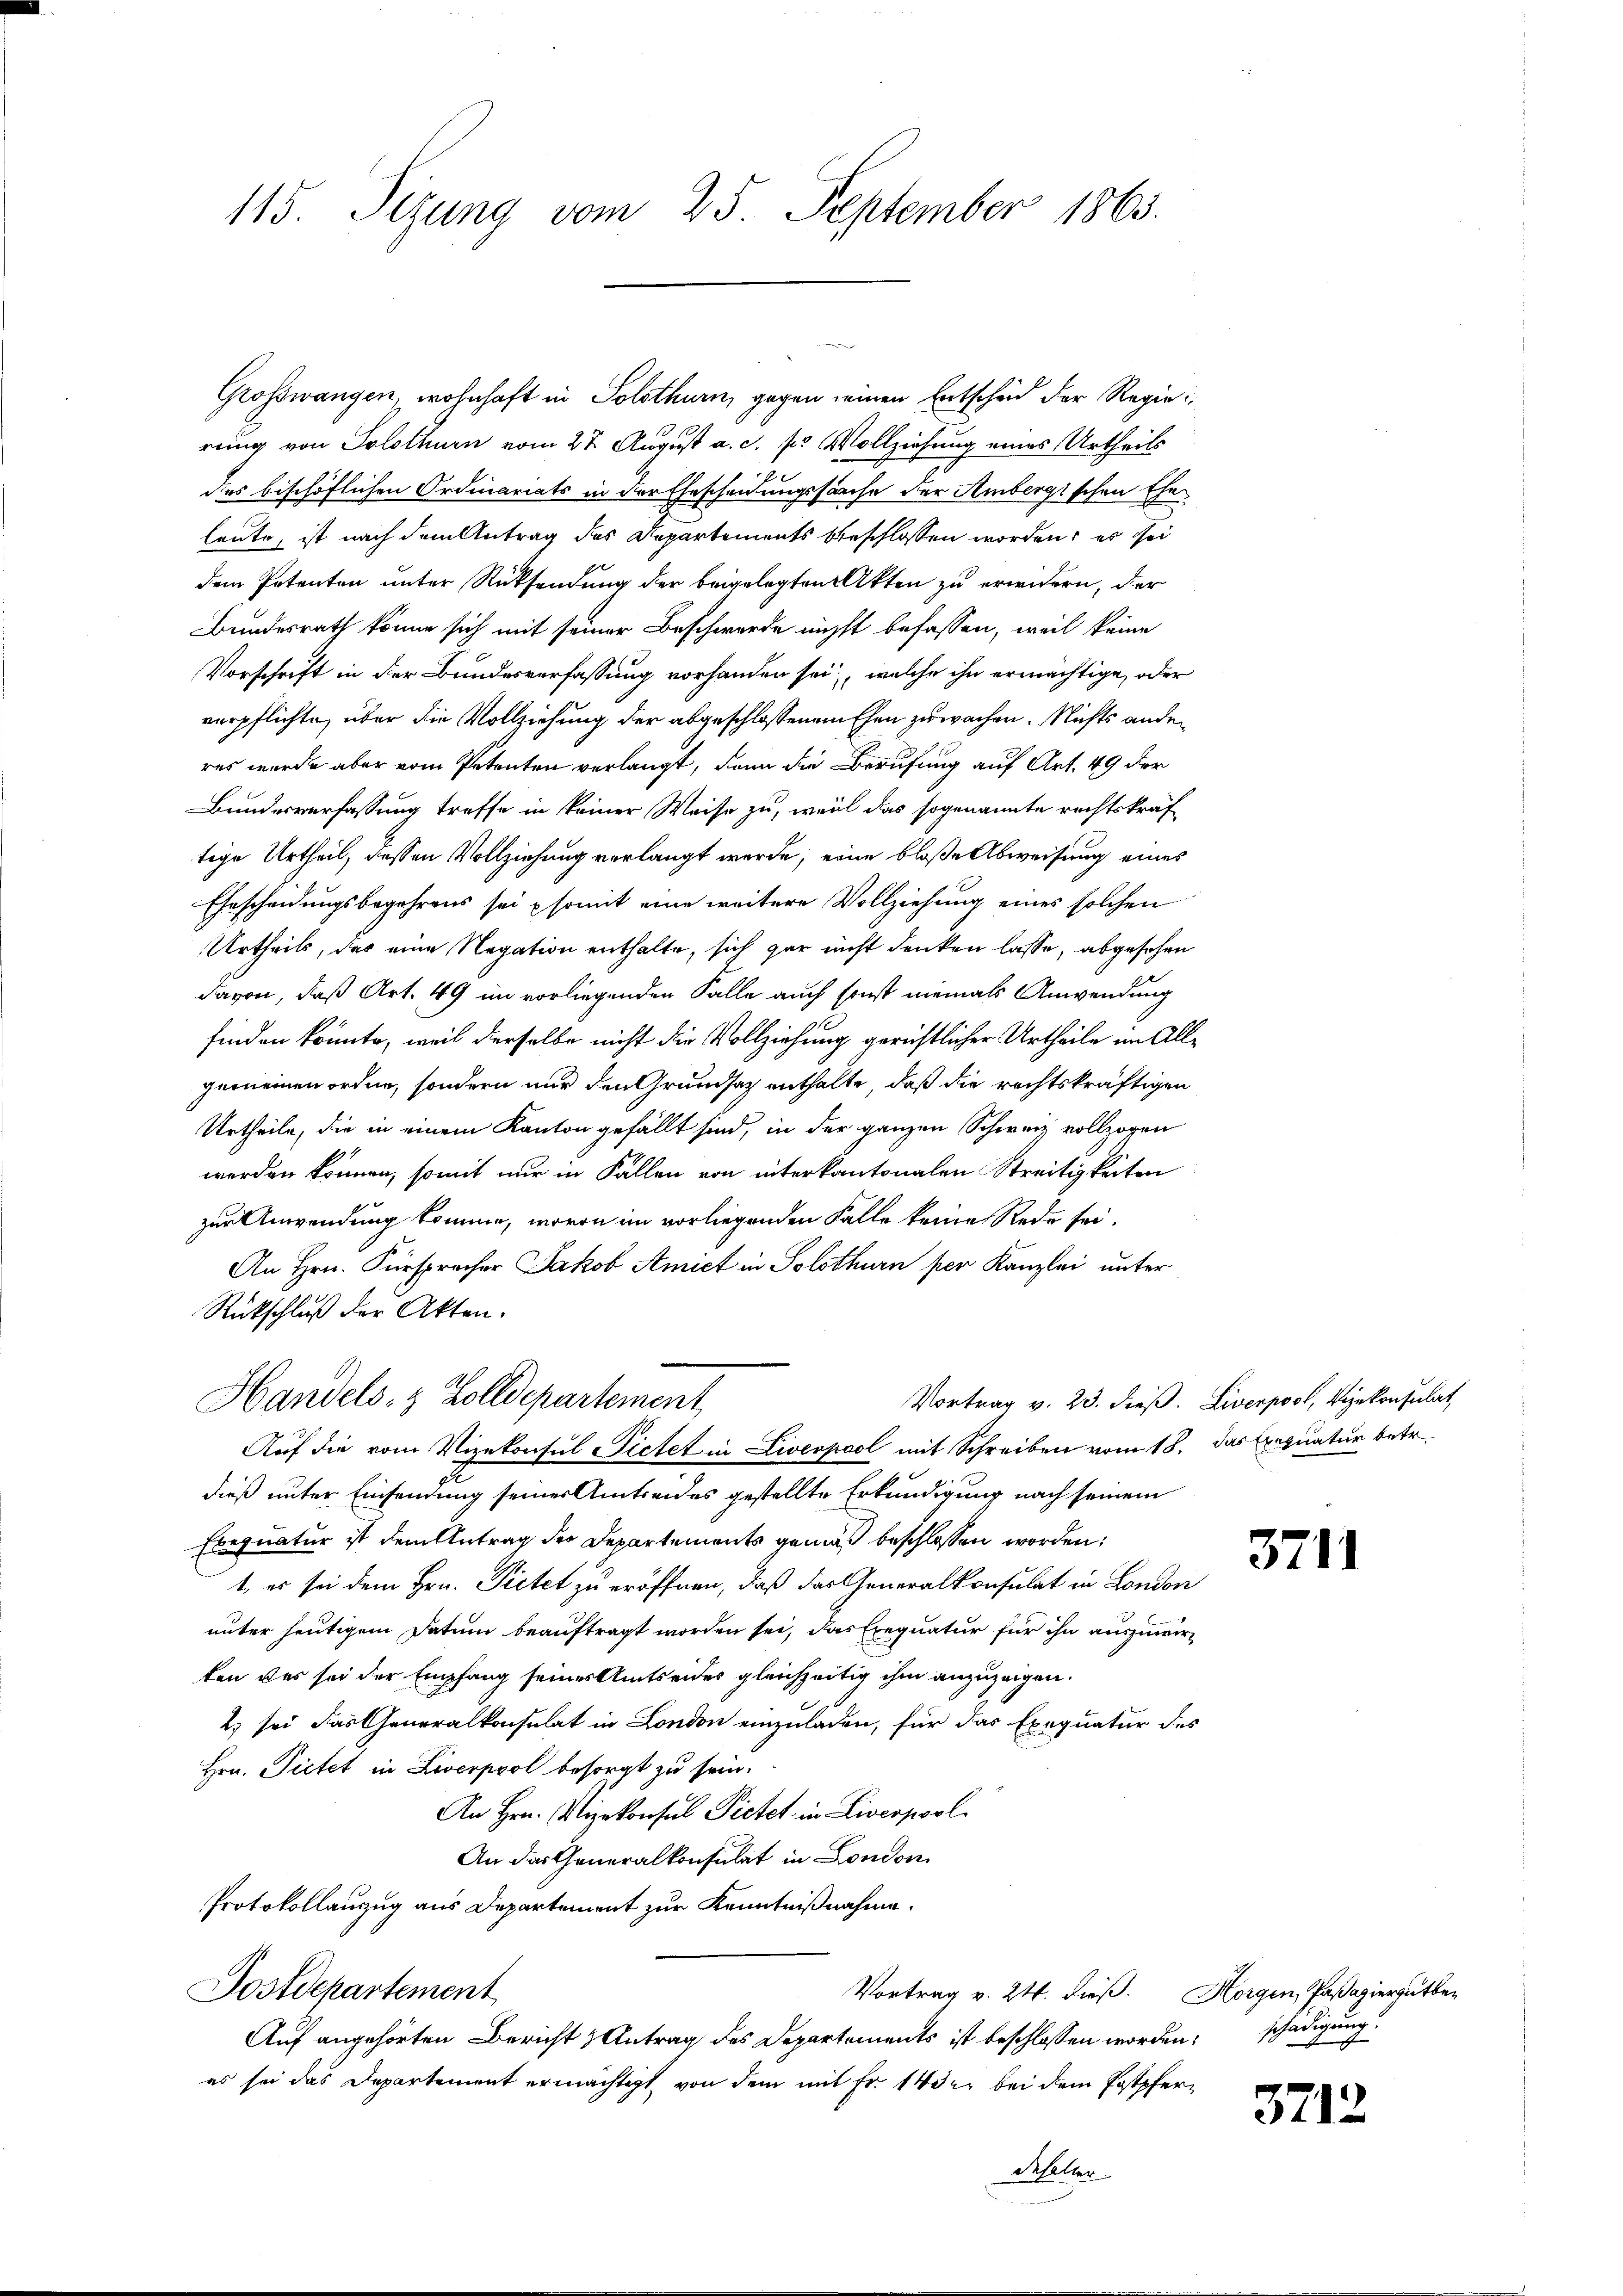
115. Sezung vom 25. September 1863.

Grosswangen, wohnhaft in Solothurn, gegen seinen Entscheid der Regierung von Solothurn vom 27. August a. c. pr Vollziehung eines Urtheils
i
des beschöflichen Ordinariats in der Eheschauungssache der Ambergischen Ehe
heute, ist nach dem Antrag des Departements beschlossen worden; es sei
dem Petenten unter Rücksendung der beigelegten Akten zu erwidern, der
Bundesrath könne sich mit seiner Beschwerde nicht befassen, weil keine
Vorschrift in der Bundesverfassung vorhanden sei, welche ihn ermächtige, oder
verpflichte, über die Vollziehung der abgeschlossenem Ehen zuwachen. Nichts ander
res wurde aber vom Petenten verlangt, denn die Berufung auf Art. 49 der
Bundesverfassung treffe in keiner Weise zu, weil das sogenannte rechtskraf
tige Urtheil, dessen Vollziehung verlangt werde, eine bloße Abweisung eines
Ehescheidungsbegehrens sei somit eine weitere Vollziehung eines solchen
Urtheils, das eine Negation enthalte, sich gar nicht denken lasse, abgesehen
davon, daß Art. 49 im vorliegenden Falle auch sonst niemals Anwendung
finden könnte, weil derselbe nicht die Vollziehung gerichtlicher Urtheile im Allgemeinen ordne, sondern nur den Grundsatz enthalte, daß die rechtskräftigen
Urtheile, die in einem Kanton gefällt sind, in der ganzen Schweiz vollzogen
werden können, somit nur in Fällen von interkantonalen Streitigkeiten
zur Anwendung komme, wovon im vorliegenden Falle keine Rede sei.
An Hrn. Fürspracher Jakob Amict in Solothurn per Kanzlei unter
Rückschluß der Akten.
Vortrag v. 23. dieß. Liverpool, Vizekonsulat,
Handels- & Zolldepartement,
Auf die vom Vizekonsul Pictet in Liverpool mit Schreiben vom 18. Das Exequatur betr.
dieß unter Einsendung seiner Amtseid es gestellte Erkundigung nach seinem
Exequatur ist dem Antrag der Departements gemäß beschlossen worden;
t, es sei dem Hrn. Pietet zu eröffnen, daß der Generalkonsulat in London
unter heutigem Datum beauftragt worden sei, das Exequatur für ihn auszuwirten war sei der Empfang seines Amtseides gleichzeitig ihm anzuzeigen.
2) sei das Generalkonsulat in London einzuladen, für das Exequatur des
Hrn. Pietet in Liverpool besorgt zu sein.
An Hrn. Vizekonsul Pietet in Liverpool
An das Generalkonsulat in London
Protokollanzug aus Departement zur Kenntnißnahme.
Postdepartement
Vortrag v. 24. dieß. Horgen, Paßaziergutber
Auf angehörten Bericht & Antrag des Departements ist beschlossen worden, schädigung
es sei das Departement ermächtigt, von dem mit Fr. 1432. bei dem Postpferdehalter

3711

3712